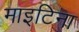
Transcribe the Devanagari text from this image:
माइटिना